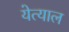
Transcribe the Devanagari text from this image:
येत्याल